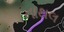
નાથલ